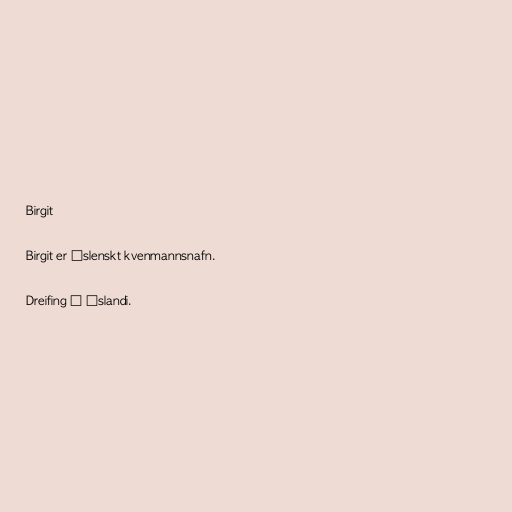
Birgit

Birgit er íslenskt kvenmannsnafn.

Dreifing á Íslandi.